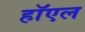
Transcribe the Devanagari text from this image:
हॉएल